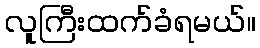
လူကြီးထက်ခံရမယ်။